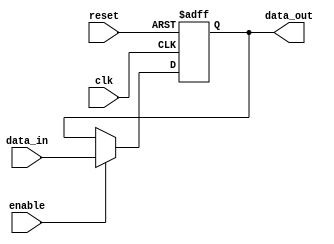
module BarrierRegister #(
    parameter NUM_INPUTS = 4 // Number of input signals
)(
    input  wire [NUM_INPUTS-1:0] data_in, // Data input signals
    input  wire enable,                 // Enable signal
    input  wire reset,                  // Reset signal
    input  wire clk,                    // Clock signal
    output reg [NUM_INPUTS-1:0] data_out // Output registers
);

// Asynchronous reset and synchronous capture
always @(posedge clk or posedge reset) begin
    if (reset) begin
        data_out <= {NUM_INPUTS{1'b0}}; // Clear output on reset
    end else if (enable) begin
        data_out <= data_in; // Capture data when enabled
    end
end

endmodule